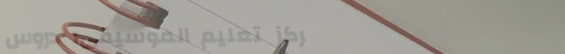
مركز تعليم الموسيقى: دروس